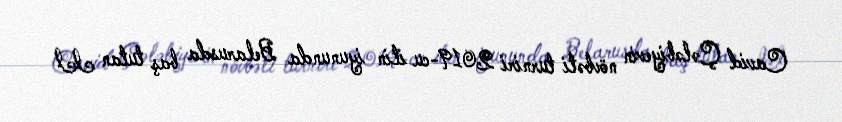
Cavid Çələbiyevin növbəti turniri 2019-cu ilin iyununda Belarusda baş tutan II